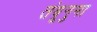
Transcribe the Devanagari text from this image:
तंबूनुमा